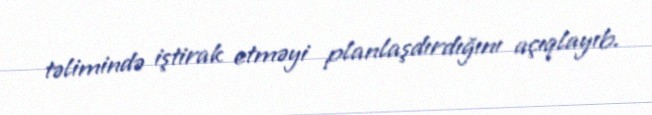
təlimində iştirak etməyi planlaşdırdığını açıqlayıb.